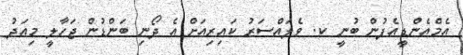
އެމްއެންޑީއެފުން ބުނީ ކ. ވެލައްސަރު ކައިރިއަށް އެ ދޯނި ބަންޑުން ޖަހާލީ މިއަދު